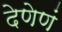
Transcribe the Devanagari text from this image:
देणेणं